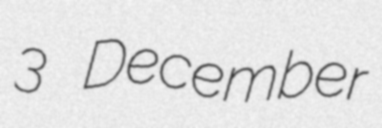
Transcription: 3 December